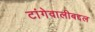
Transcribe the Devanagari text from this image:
टांगेवालीबद्दल